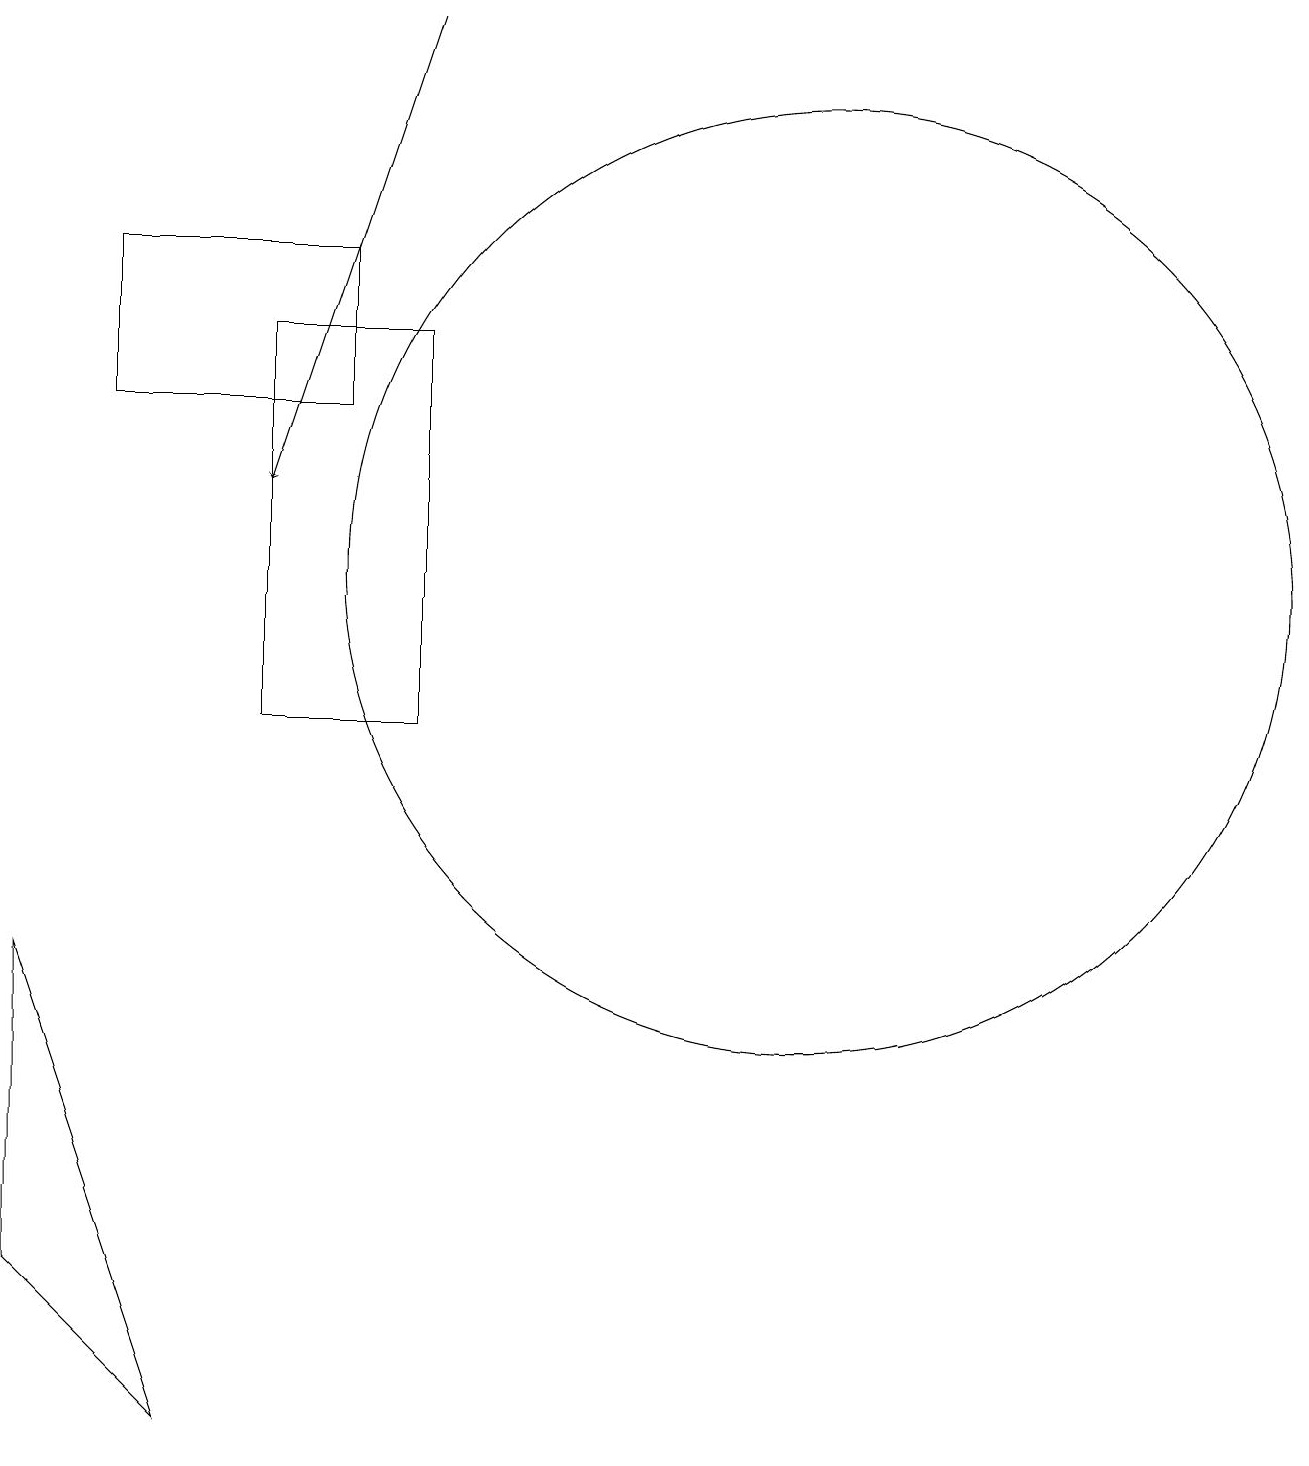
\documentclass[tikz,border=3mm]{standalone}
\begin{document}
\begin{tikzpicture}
\draw[->] (5,19) -- (3,13);
\draw (10,12) circle (6);
\draw (0,7) -- (0,3) -- (2,1) -- cycle;
\draw (5,10) rectangle (3,15);
\draw (1,14) rectangle (4,16);
\draw (11,10) circle (0);
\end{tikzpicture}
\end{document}